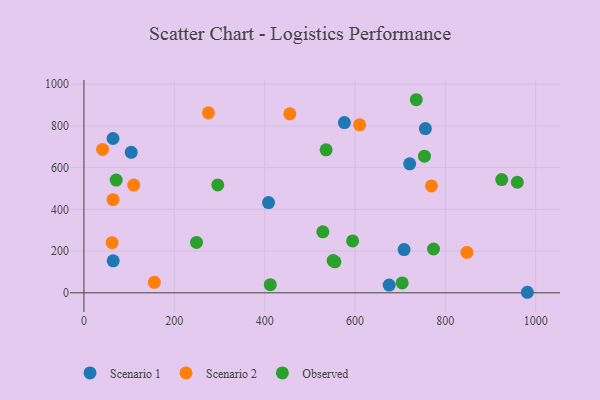
{"axis": {"x": "Speed", "y": "Demand"}, "legend": ["Observed", "Scenario 1", "Scenario 2"], "data": [{"x": "981.5", "y": 2.5, "type": "Scenario 1"}, {"x": "721.0", "y": 618.1, "type": "Scenario 1"}, {"x": "675.6", "y": 37.2, "type": "Scenario 1"}, {"x": "576.5", "y": 815.7, "type": "Scenario 1"}, {"x": "708.6", "y": 207.3, "type": "Scenario 1"}, {"x": "64.8", "y": 153.2, "type": "Scenario 1"}, {"x": "64.4", "y": 739.4, "type": "Scenario 1"}, {"x": "408.6", "y": 432.2, "type": "Scenario 1"}, {"x": "755.7", "y": 787.2, "type": "Scenario 1"}, {"x": "104.7", "y": 673.2, "type": "Scenario 1"}, {"x": "769.2", "y": 512.3, "type": "Scenario 2"}, {"x": "847.7", "y": 193.7, "type": "Scenario 2"}, {"x": "62.4", "y": 240.1, "type": "Scenario 2"}, {"x": "155.8", "y": 50.0, "type": "Scenario 2"}, {"x": "455.7", "y": 857.5, "type": "Scenario 2"}, {"x": "275.6", "y": 862.3, "type": "Scenario 2"}, {"x": "610.2", "y": 805.1, "type": "Scenario 2"}, {"x": "41.4", "y": 687.0, "type": "Scenario 2"}, {"x": "64.4", "y": 446.3, "type": "Scenario 2"}, {"x": "110.3", "y": 516.4, "type": "Scenario 2"}, {"x": "412.5", "y": 38.9, "type": "Observed"}, {"x": "773.8", "y": 209.9, "type": "Observed"}, {"x": "704.4", "y": 47.4, "type": "Observed"}, {"x": "735.6", "y": 925.3, "type": "Observed"}, {"x": "249.2", "y": 241.4, "type": "Observed"}, {"x": "296.3", "y": 517.1, "type": "Observed"}, {"x": "71.4", "y": 540.1, "type": "Observed"}, {"x": "959.2", "y": 529.7, "type": "Observed"}, {"x": "555.6", "y": 148.6, "type": "Observed"}, {"x": "551.5", "y": 154.6, "type": "Observed"}, {"x": "594.7", "y": 248.7, "type": "Observed"}, {"x": "528.8", "y": 292.0, "type": "Observed"}, {"x": "536.0", "y": 685.4, "type": "Observed"}, {"x": "753.7", "y": 655.0, "type": "Observed"}, {"x": "924.7", "y": 542.5, "type": "Observed"}]}